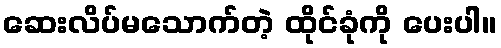
ဆေးလိပ်မသောက်တဲ့ ထိုင်ခုံကို ပေးပါ။